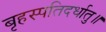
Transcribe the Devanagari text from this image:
बृहस्पतिदर्धातु॥